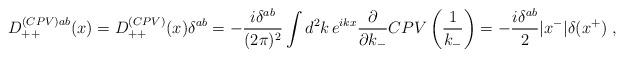
LaTeX: \begin{align*}D_{++}^{(CPV)ab}(x)=D_{++}^{(CPV)}(x)\delta^{ab} = - {i\delta^{ab}\over (2\pi)^2} \int d^2k\,e^{ikx} {\partial\over \partial k_-} CPV\left({1\over k_-}\right)=-{i\delta^{ab}\over 2} |x^-|\delta(x^+)\ , \end{align*}